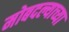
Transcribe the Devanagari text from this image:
मोबदल्याच्या